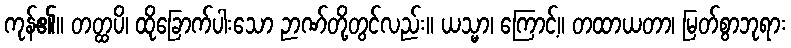
ကုန်၏။ တတ္ထပိ၊ ထိုခြောက်ပါးသော ဉာဏ်တို့တွင်လည်း။ ယသ္မာ၊ ကြောင့်။ တထာယတာ၊ မြတ်စွာဘုရား